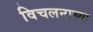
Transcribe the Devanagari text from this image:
विचलनाच्या